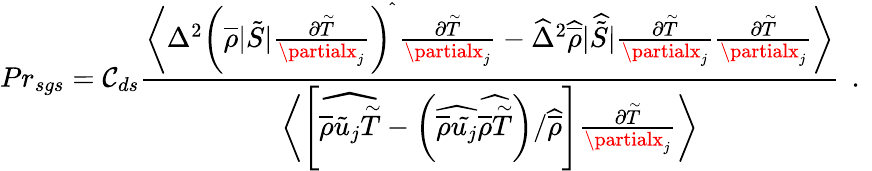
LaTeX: {Pr}_{sgs}=\mathcal{C}_{ds}\frac{{\biggl\langle\Delta^{2}\biggl(\overline{{{\rho}}}|\tilde{{S}}|\frac{{\partial\overset{\sim}{T}}}{{\partialx_{j}}}\biggr)^{\widehat{{}}}\, \frac{{\partial\overset{\sim}{T}}}{{\partialx_{j}}}-\widehat{{\Delta}}^{2}\widehat{{\overline{{{\rho}}}}}|\widehat{{\tilde{{S}}}}|\frac{{\partial\overset{\sim}{T}}}{{\partialx_{j}}}\frac{{\partial\overset{\sim}{T}}}{{\partialx_{j}}}\biggr\rangle}}{{\biggl\langle\left[\widehat{{\overline{{{\rho}}}\tilde{{u}}_{j}\overset{\sim}{T}}}-\left(\widehat{{\overline{{{\rho}}}\tilde{{u_{j}}}}}\widehat{{\overline{{{\rho}}}\overset{\sim}{T}}}\right)/\widehat{{\overline{{{\rho}}}}}\right]\frac{{\partial\overset{\sim}{T}}}{{\partialx_{j}}}\biggr\rangle}}\, \mathrm{{~.~}}